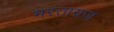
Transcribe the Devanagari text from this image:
भरताग्रज